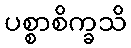
ပစ္စာစိက္ခသိ